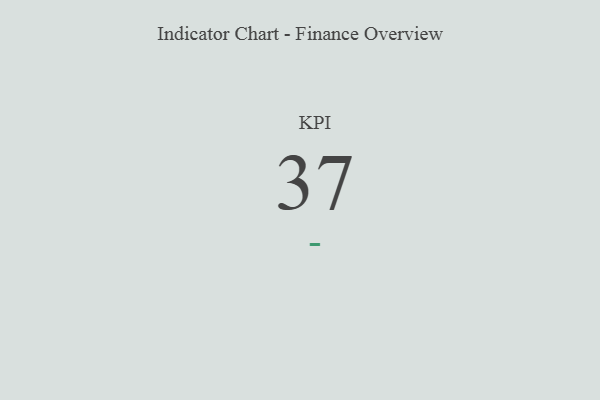
{"axis": {"x": "KPI", "y": "Value"}, "legend": [""], "data": [{"x": "KPI", "y": 37, "type": ""}]}